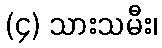
(၄) သားသမီး၊